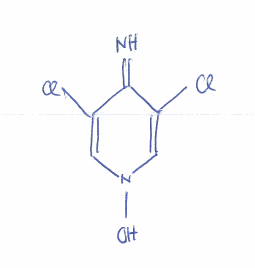
Simplified molecular-input line-entry system (SMILES) notation of the given molecule:
C1=C(C(=N)C(=CN1O)Cl)Cl